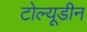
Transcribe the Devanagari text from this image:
टोल्यूडीन